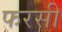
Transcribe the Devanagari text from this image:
फरसी